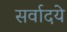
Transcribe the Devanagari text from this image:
सर्वादये